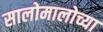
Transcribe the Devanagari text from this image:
सालोमालोच्या